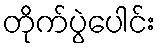
တိုက်ပွဲပေါင်း